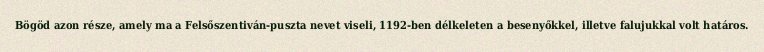
Bögöd azon része, amely ma a Felsőszentiván-puszta nevet viseli, 1192-ben délkeleten a besenyőkkel, illetve falujukkal volt határos.